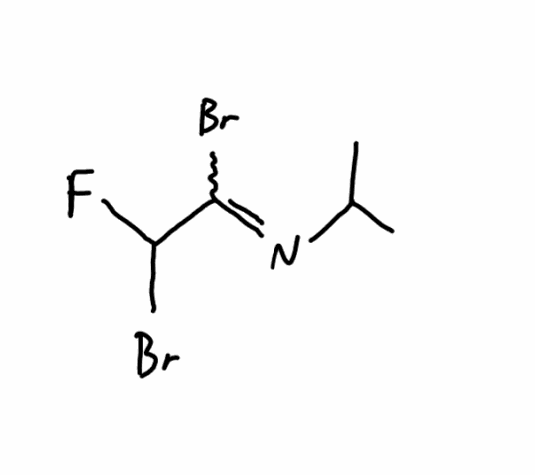
Simplified molecular-input line-entry system (SMILES) notation of the given molecule:
CC(C)N=C(C(F)Br)Br